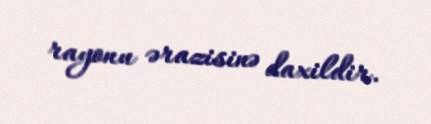
rayonu ərazisinə daxildir.